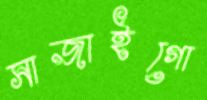
সাজাইগো